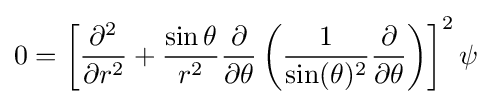
0=\left[{\frac {\partial ^{2}}{\partial r^{2}}}+{\frac {\sin \theta }{r^{2}}}{\frac {\partial }{\partial \theta }}\left({\frac {1}{\sin(\theta )^{2}}}{\frac {\partial }{\partial \theta }}\right)\right]^{2}\psi